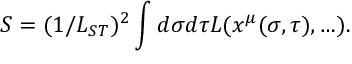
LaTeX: S = ( 1 / L _ { S T } ) ^ { 2 } \int d \sigma d \tau { \cal L } ( x ^ { \mu } ( \sigma , \tau ) , \ldots ) .